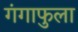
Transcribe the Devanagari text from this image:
गंगाफुला